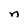
Character: n